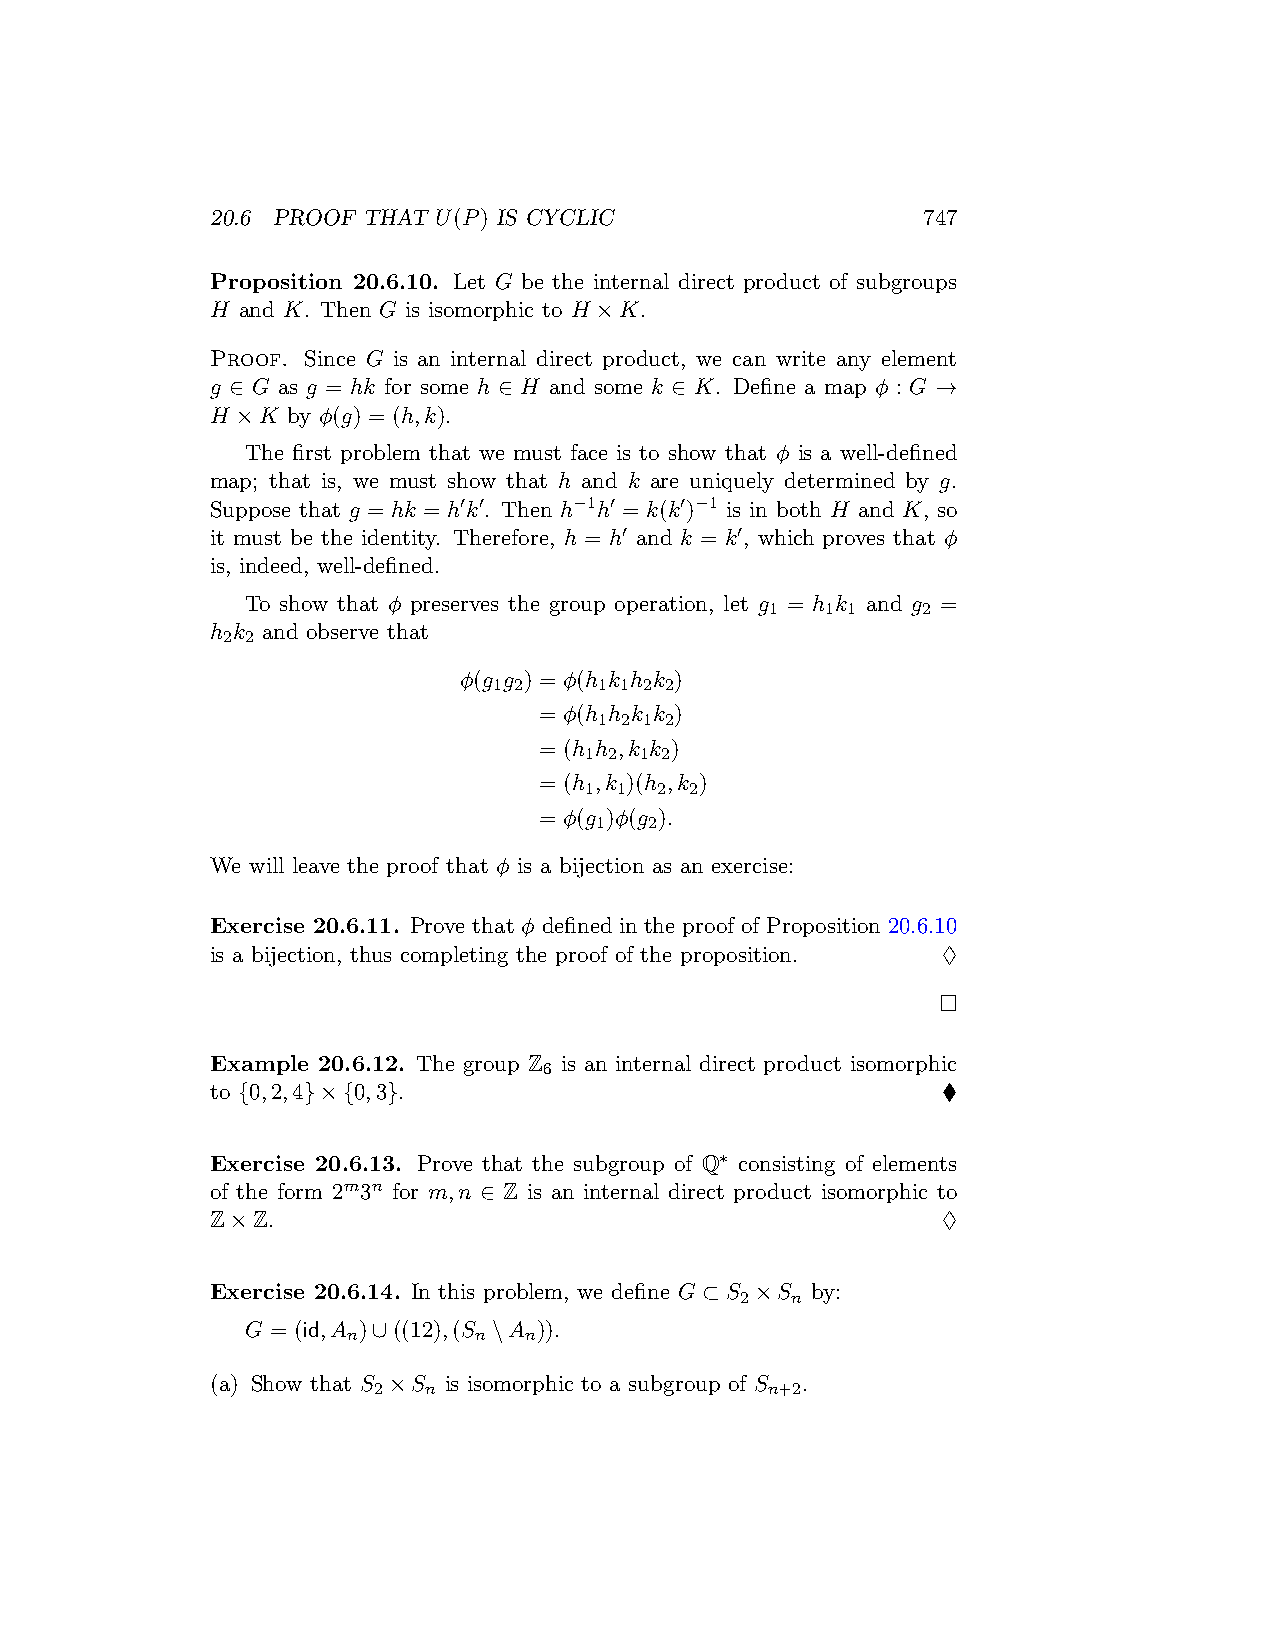
20.6 PROOF THAT U(P) IS CYCLIC                 747
 Proposition 20.6.10. Let G be the internal direct product of subgroups
 H and K. Then G is isomorphic to H ×K.
 Proof. Since G is an internal direct product, we can write any element
 g ∈ G as g = hk for some h ∈ H and some k ∈ K. Define a map ϕ : G →
 H ×K by ϕ(g) = (h,k).
 The first problem that we must face is to show that ϕ is a well-defined
 map; that is, we must show that h and k are uniquely determined by g.
 Suppose that g = hk = h′k′. Then h−1h′ = k(k′)−1 is in both H and K, so
 it must be the identity. Therefore, h = h′ and k = k′, which proves that ϕ
 is, indeed, well-defined.
 To show that ϕ preserves the group operation, let g = h k and g =
 1   1 1   2
 h k and observe that
 2 2
 ϕ(g g ) = ϕ(h k h k )
 1 2    1 1 2 2
 = ϕ(h h k k )
 1 2 1 2
 = (h h ,k k )
 1 2 1 2
 = (h ,k )(h ,k )
 1 1  2 2
 = ϕ(g )ϕ(g ).
 1   2
 We will leave the proof that ϕ is a bijection as an exercise:
 Exercise 20.6.11. Prove that ϕ defined in the proof of Proposition 20.6.10
 is a bijection, thus completing the proof of the proposition. ♢
 □
 Example 20.6.12. The group Z is an internal direct product isomorphic
 6
 to {0,2,4}×{0,3}.                               ♦
 Exercise 20.6.13. Prove that the subgroup of Q∗ consisting of elements
 of the form 2m3n for m,n ∈ Z is an internal direct product isomorphic to
 Z×Z.                                            ♢
 Exercise 20.6.14. In this problem, we define G ⊂ S ×S by:
 2  n
 G = (id,A )∪((12),(S \A )).
 n       n   n
 (a) Show that S ×S is isomorphic to a subgroup of S .
 2  n                      n+2